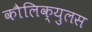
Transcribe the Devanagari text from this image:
कौलिक्युलस